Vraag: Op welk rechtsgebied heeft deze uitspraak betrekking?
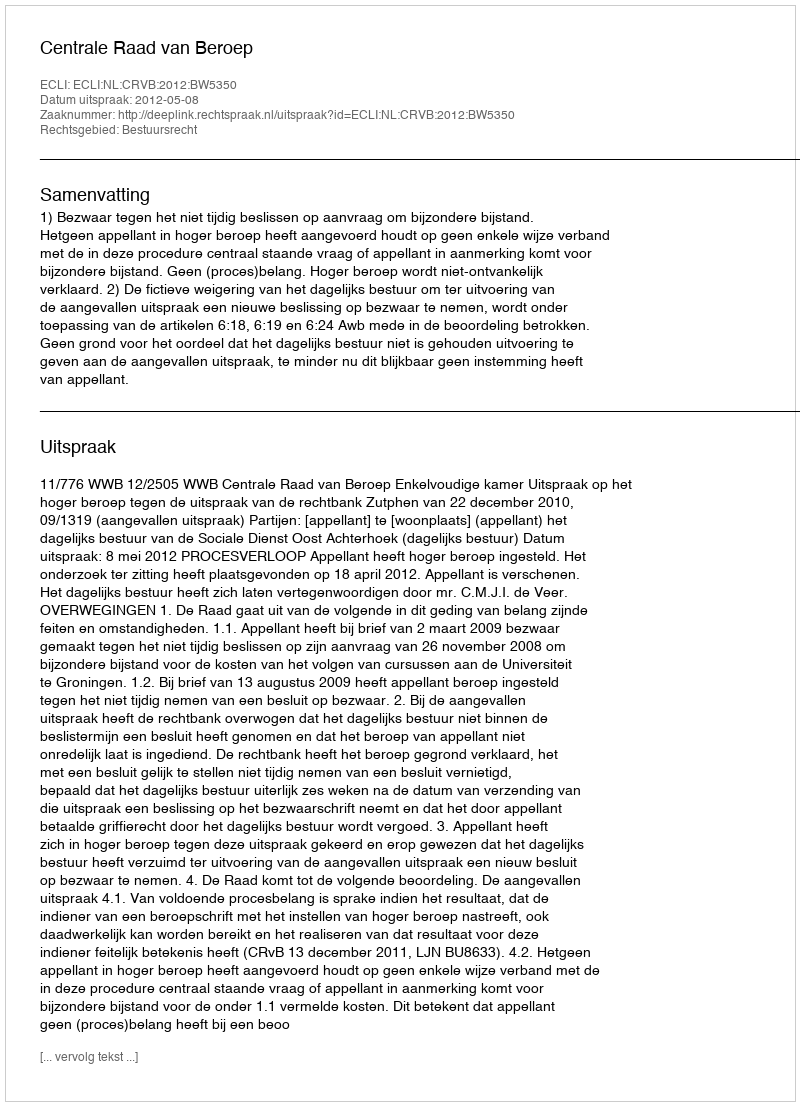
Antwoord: Bestuursrecht